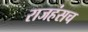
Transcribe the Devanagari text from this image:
राजहंसच